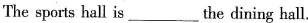
The sports hall is___the dining hall.